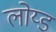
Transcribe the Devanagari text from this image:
लोय्ड